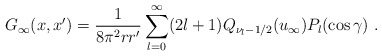
\begin{align*}G_{\infty}(x,x')=\frac{1}{8\pi^2rr'}\sum_{l=0}^{\infty}(2l+1)Q_{\nu_l-1/2}(u_{\infty})P_l(\cos\gamma)\ .\end{align*}